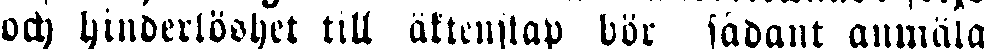
och hinderlöshet till äktenskap bör sådant anmäla